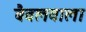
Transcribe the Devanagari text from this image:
बैवलवाला